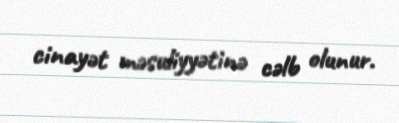
cinayət məsuliyyətinə cəlb olunur.